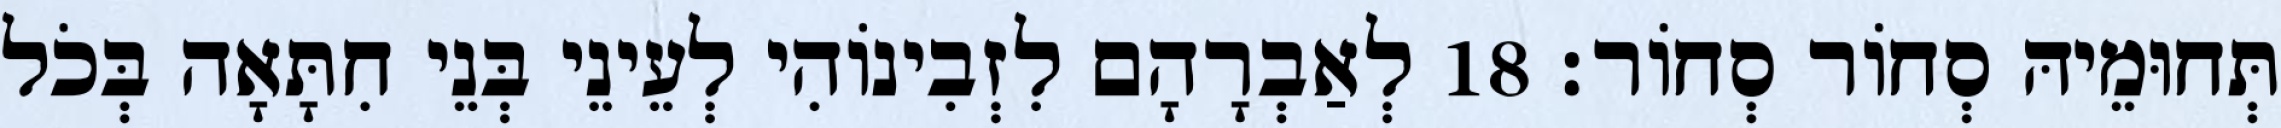
תְּחוּמֵיהּ סְחוֹר סְחוֹר׃ 18 לְאַבְרָהָם לִזְבִינוֹהִי לְעֵינֵי בְּנֵי חִתָּאָה בְּכֹל